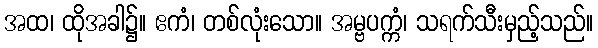
အထ၊ ထိုအခါ၌။ ဧကံ၊ တစ်လုံးသော။ အမ္ဗပက္ကံ၊ သရက်သီးမှည့်သည်။